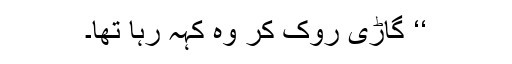
‘‘ گاڑی روک کر وہ کہہ رہا تھا۔